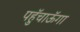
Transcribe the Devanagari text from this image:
पहुॅचाऊॅगा